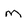
Character: M